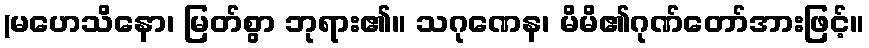
(မဟေသိနော၊ မြတ်စွာ ဘုရား၏။ သဂုဏေန၊ မိမိ၏ဂုဏ်တော်အားဖြင့်။